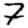
Digit: 7